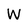
Character: W